Burma Government Medical School reports 1907-22
Year: 1907
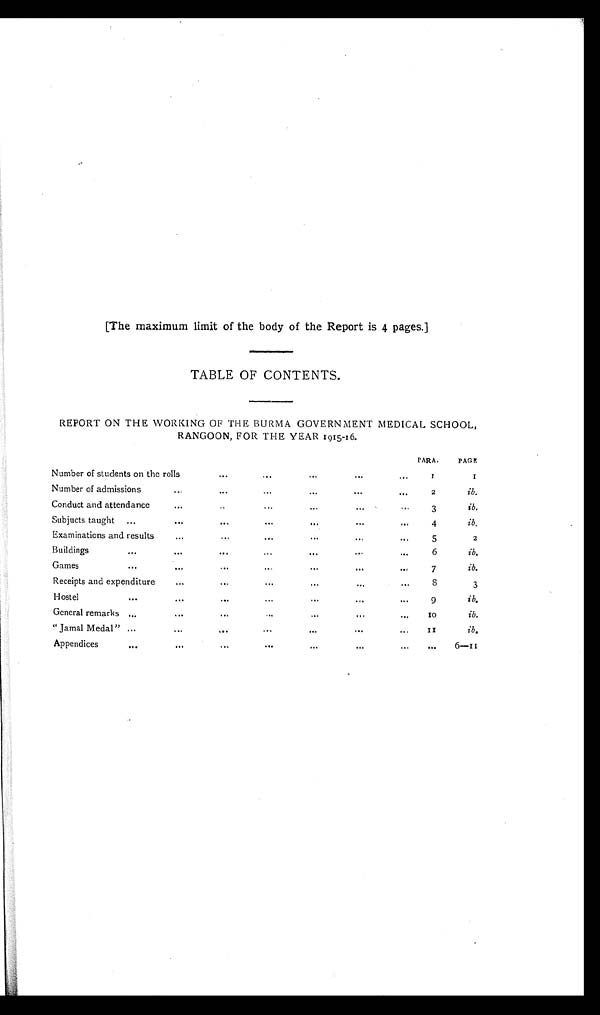
[The maximum limit of the body of the Report is 4 pages.]
TABLE OF CONTENTS.
REPORT ON THE WORKING OF THE BURMA GOVERNMENT MEDICAL SCHOOL,
RANGOON, FOR THE YEAR 1915-16.
PARA.
PAGE.
Number of students on the rolls
. . . . . .
. . .
. . .
. . .
1
1
Number of admissions
. . .
. . . . . .
...
. . .
...
2
ib.
Conduct and attendance
. . .
. . . . . .
. . .
. . .
. . .
3
ib.
Subjucts taught ...
...
. . . . . .
. . .
. . .
. . .
4
ib.
Examinations and results
...
...
...
. . .
. . .
. . .
5
2
Buildings
...
...
. . . ...
...
. . .
...
6
ib.
Games
...
. . .
...
. . .
. . .
. . .
. . .
7
ib.
Receipts and expenditure
. . .
. . . ...
...
. . .
. . .
8
3
Hostel
...
...
...
...
...
. . .
. . .
9
ib.
General remarks ...
. . .
. . . . . .
...
. . .
. . .
1 0
ib.
" Jamal Medal" ...
...
. . . ...
. . .
. . .
. . .
1 1
ib.
Appendices
...
. . .
. . . . . .
. . .
. . .
. . .
. . .
6 — 1 1